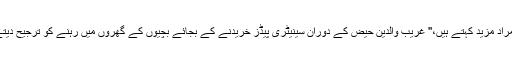
حسن مراد مزید کہتے ہیں،'' غریب والدین حیض کے دوران سینیٹری پیڈز خریدنے کے بجائے بچیوں کے گھروں میں رہنے کو ترجیح دیتے ہیں۔